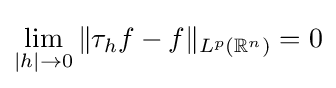
\lim _{|h|\to 0}\Vert \tau _{h}f-f\Vert _{L^{p}(\mathbb {R} ^{n})}=0